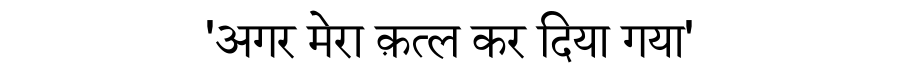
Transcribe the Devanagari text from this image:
'अगर मेरा क़त्ल कर दिया गया'